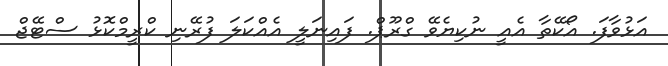
އަޅުވާފަ. އޯކޭތާ އެއީ ނުކިޔެވޭ ގްރޫޕް. ފައިނަލީ އެއްކަލަ ފުރޭނި ކްރީމްކޮޅު ސްޓޭޖް